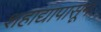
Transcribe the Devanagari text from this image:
शहाद्यापासून